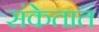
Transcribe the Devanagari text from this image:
संकेतात